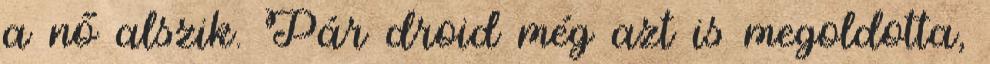
a nő alszik. Pár droid még azt is megoldotta,